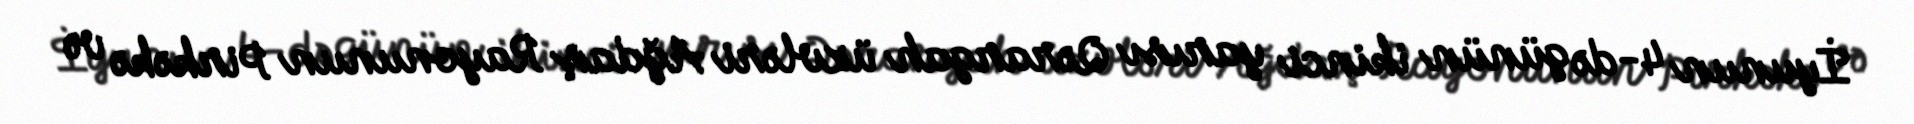
İyunun 4-də günün ikinci yarısı Qərargah üzvləri Ağdaş Rayonunun Pirkəkə və